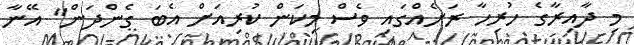
މި ދާއިރާގެ ހުރިހާ ރަށެއްގައި ވެސް މިކަން ކުރިއަށް އެބަ ގެންދަން" އޭނާ